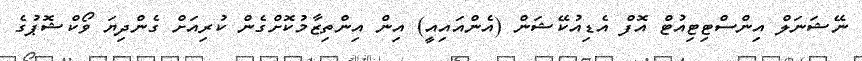
ނޭޝަނަލް އިންސްޓިޓިއުޓް އޮފް އެޑިއުކޭޝަން (އެންއައިއީ) އިން އިންތިޒާމުކޮށްގެން ކުރިއަށް ގެންދިޔަ ވޯކްޝޮޕުގެ